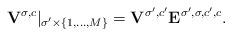
LaTeX: \begin{align*} {\mathbf V}^{\sigma,c}|_{\sigma'\times \{1,\ldots,M\}} &= {\mathbf V}^{\sigma', c'} {\mathbf E}^{\sigma',\sigma,c',c}. \end{align*}